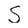
Character: S